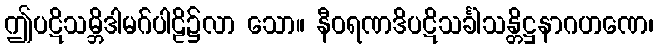
ဤပဋိသမ္ဘိဒါမဂ်ပါဠိ၌လာ သော။ နီဝရဏဒိပဋိသင်္ခါသန္တိဋ္ဌနာဂဟဏေ၊